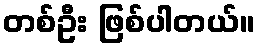
တစ်ဦး ဖြစ်ပါတယ်။